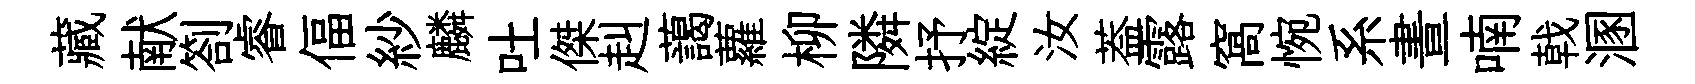
藏献劄睿偪紗麟吐傑赳藹蘿柳隣抒綻汝葢露窩惋系晝喃戟溷